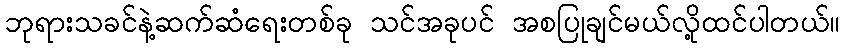
ဘုရားသခင်နဲ့ဆက်ဆံရေးတစ်ခု သင်အခုပင် အစပြုချင်မယ်လို့ထင်ပါတယ်။